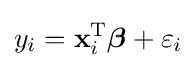
y_{i}=\mathbf {x} _{i}^{\operatorname {T} }{\boldsymbol {\beta }}+\varepsilon _{i}